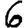
Digit: 6